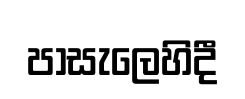
පාසැලෙහිදී